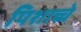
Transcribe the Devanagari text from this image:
पिशाच्चे